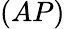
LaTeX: (AP)